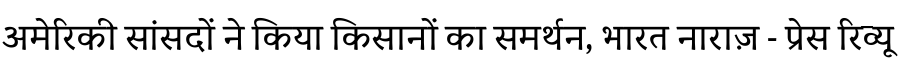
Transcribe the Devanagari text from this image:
अमेरिकी सांसदों ने किया किसानों का समर्थन, भारत नाराज़ - प्रेस रिव्यू